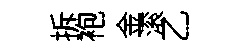
拆袍金滚乙